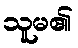
သူမ၏